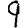
Digit: 9